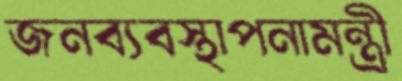
জনব্যবস্থাপনামন্ত্রী